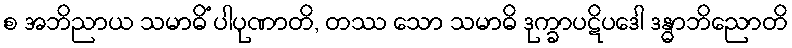
စ အဘိညာယ သမာဓိံ ပါပုဏာတိ, တဿ သော သမာဓိ ဒုက္ခာပဋိပဒေါ ဒန္ဓာဘိညောတိ